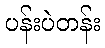
ပန်းပဲတန်း